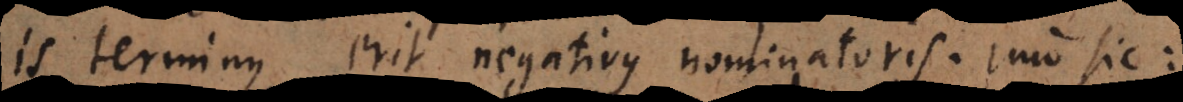
is terminus erit negativus nominatoris. Imo sic: